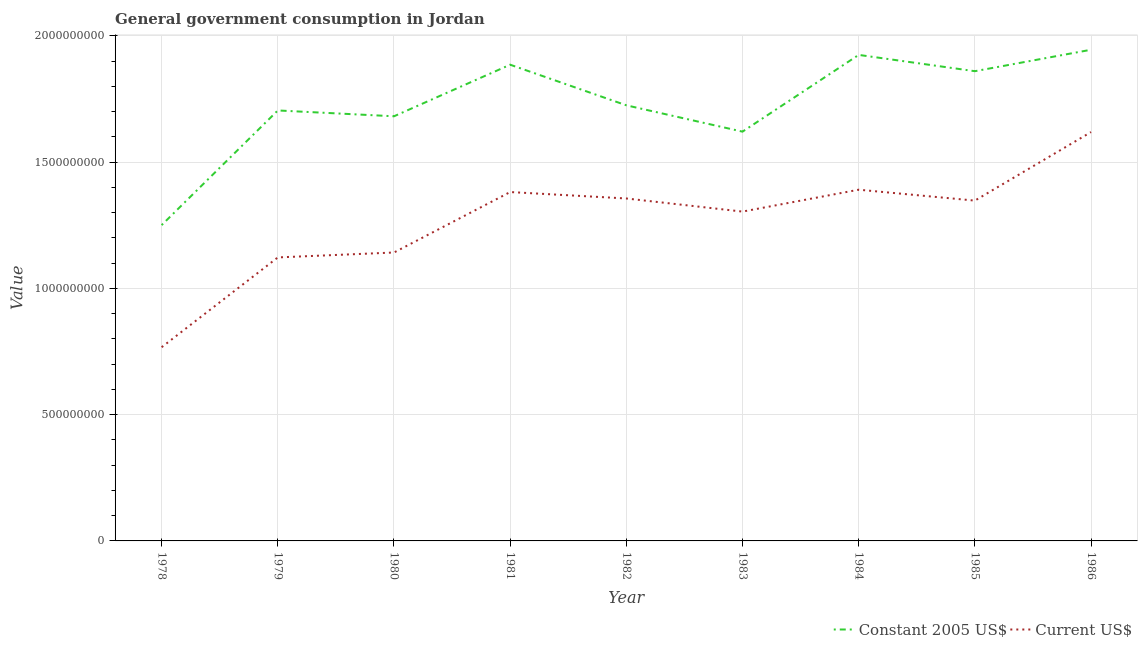
| Year | Constant 2005 US$ | Current US$ |
 | --- | --- | --- |
 | 1978 | 1.25e+09 | 7.67e+08 |
 | 1979 | 1.7e+09 | 1.12e+09 |
 | 1980 | 1.68e+09 | 1.14e+09 |
 | 1981 | 1.89e+09 | 1.38e+09 |
 | 1982 | 1.72e+09 | 1.36e+09 |
 | 1983 | 1.62e+09 | 1.3e+09 |
 | 1984 | 1.92e+09 | 1.39e+09 |
 | 1985 | 1.86e+09 | 1.35e+09 |
 | 1986 | 1.94e+09 | 1.62e+09 |